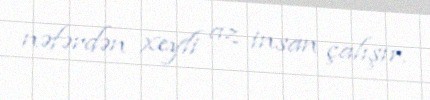
nəfərdən xeyli az insan çalışır.